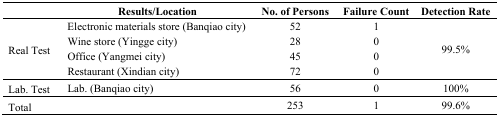
| <COLSPAN=2> Results/Location | No. of Persons | Failure Count | Detection Rate |
 | --- | --- | --- | --- | --- |
 | <ROWSPAN=4> Real Test | Electronic materials store (Banqiao city) | 52 | 1 | <ROWSPAN=4> 99.5% |
 | Wine store (Yingge city) | 28 | 0 |
 | Office (Yangmei city) | 45 | 0 |
 | Restaurant (Xindian city) | 72 | 0 |
 | Lab. Test | Lab. (Banqiao city) | 56 | 0 | 100% |
 | <COLSPAN=2> Total | 253 | 1 | 99.6% |